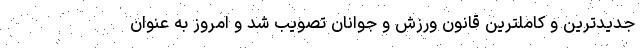
جدیدترین و کاملترین قانون ورزش و جوانان تصویب شد و امروز به عنوان